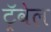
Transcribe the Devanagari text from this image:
ट्रॅवेल